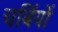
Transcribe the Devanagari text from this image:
चर्बियों